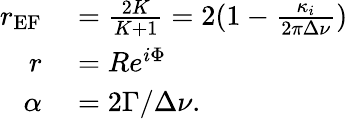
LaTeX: \begin{array}{rl}{r_{\textrm{EF}}}&{{}=\frac{2K}{K+1}=2(1-\frac{\kappa_{i}}{2\pi\Delta\nu})}\\ {r}&{{}=Re^{i\Phi}}\\ {\alpha}&{{}=2\Gamma/\Delta\nu.}\end{array}